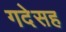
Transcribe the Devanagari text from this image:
गदेसह